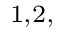
^ { 1 , 2 , }